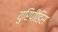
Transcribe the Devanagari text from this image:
युरिपीडिस